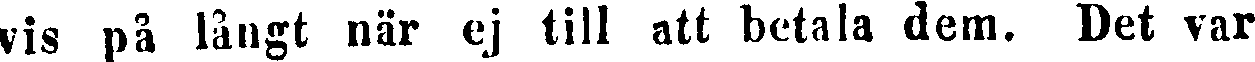
vis på långt när ej till att betala dem. Det var